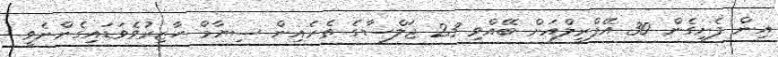
އިން ފެށިގެން 30 އޭޕްރީލްއަށް ބޭއްވި 23 ޖަލްސާގެ ތެރެއިން ސިޔާމް ހާޒިރުވެވަޑައިގެންނެވީ